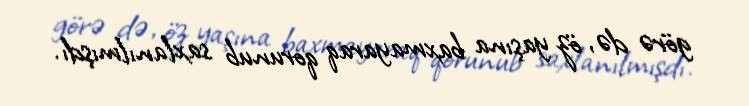
görə də, öz yaşına baxmayaraq qorunub saxlanılmışdı.